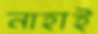
নাহাই